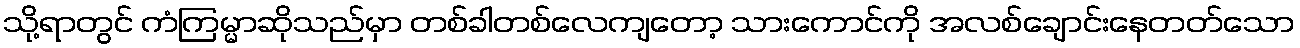
သို့ရာတွင် ကံကြမ္မာဆိုသည်မှာ တစ်ခါတစ်လေကျတော့ သားကောင်ကို အလစ်ချောင်းနေတတ်သော